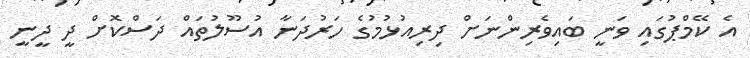
އެ ކޭމްޕުގައި ވަނީ ބައިވެރިންނަށް ދިރިއުޅުމުގެ ހަރުދަނާ އުސޫލުތައް ދަސްކޮށް ދީ ދީނީ